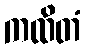
ကထိတံ